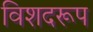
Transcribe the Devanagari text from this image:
विशदरूप